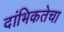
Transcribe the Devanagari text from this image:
दांभिकतेचा